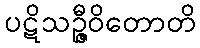
ပဋိသဉ္ဇီဝိတောတိ